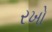
રખો